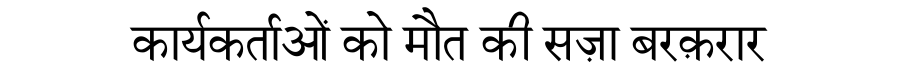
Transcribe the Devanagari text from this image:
कार्यकर्ताओं को मौत की सज़ा बरक़रार